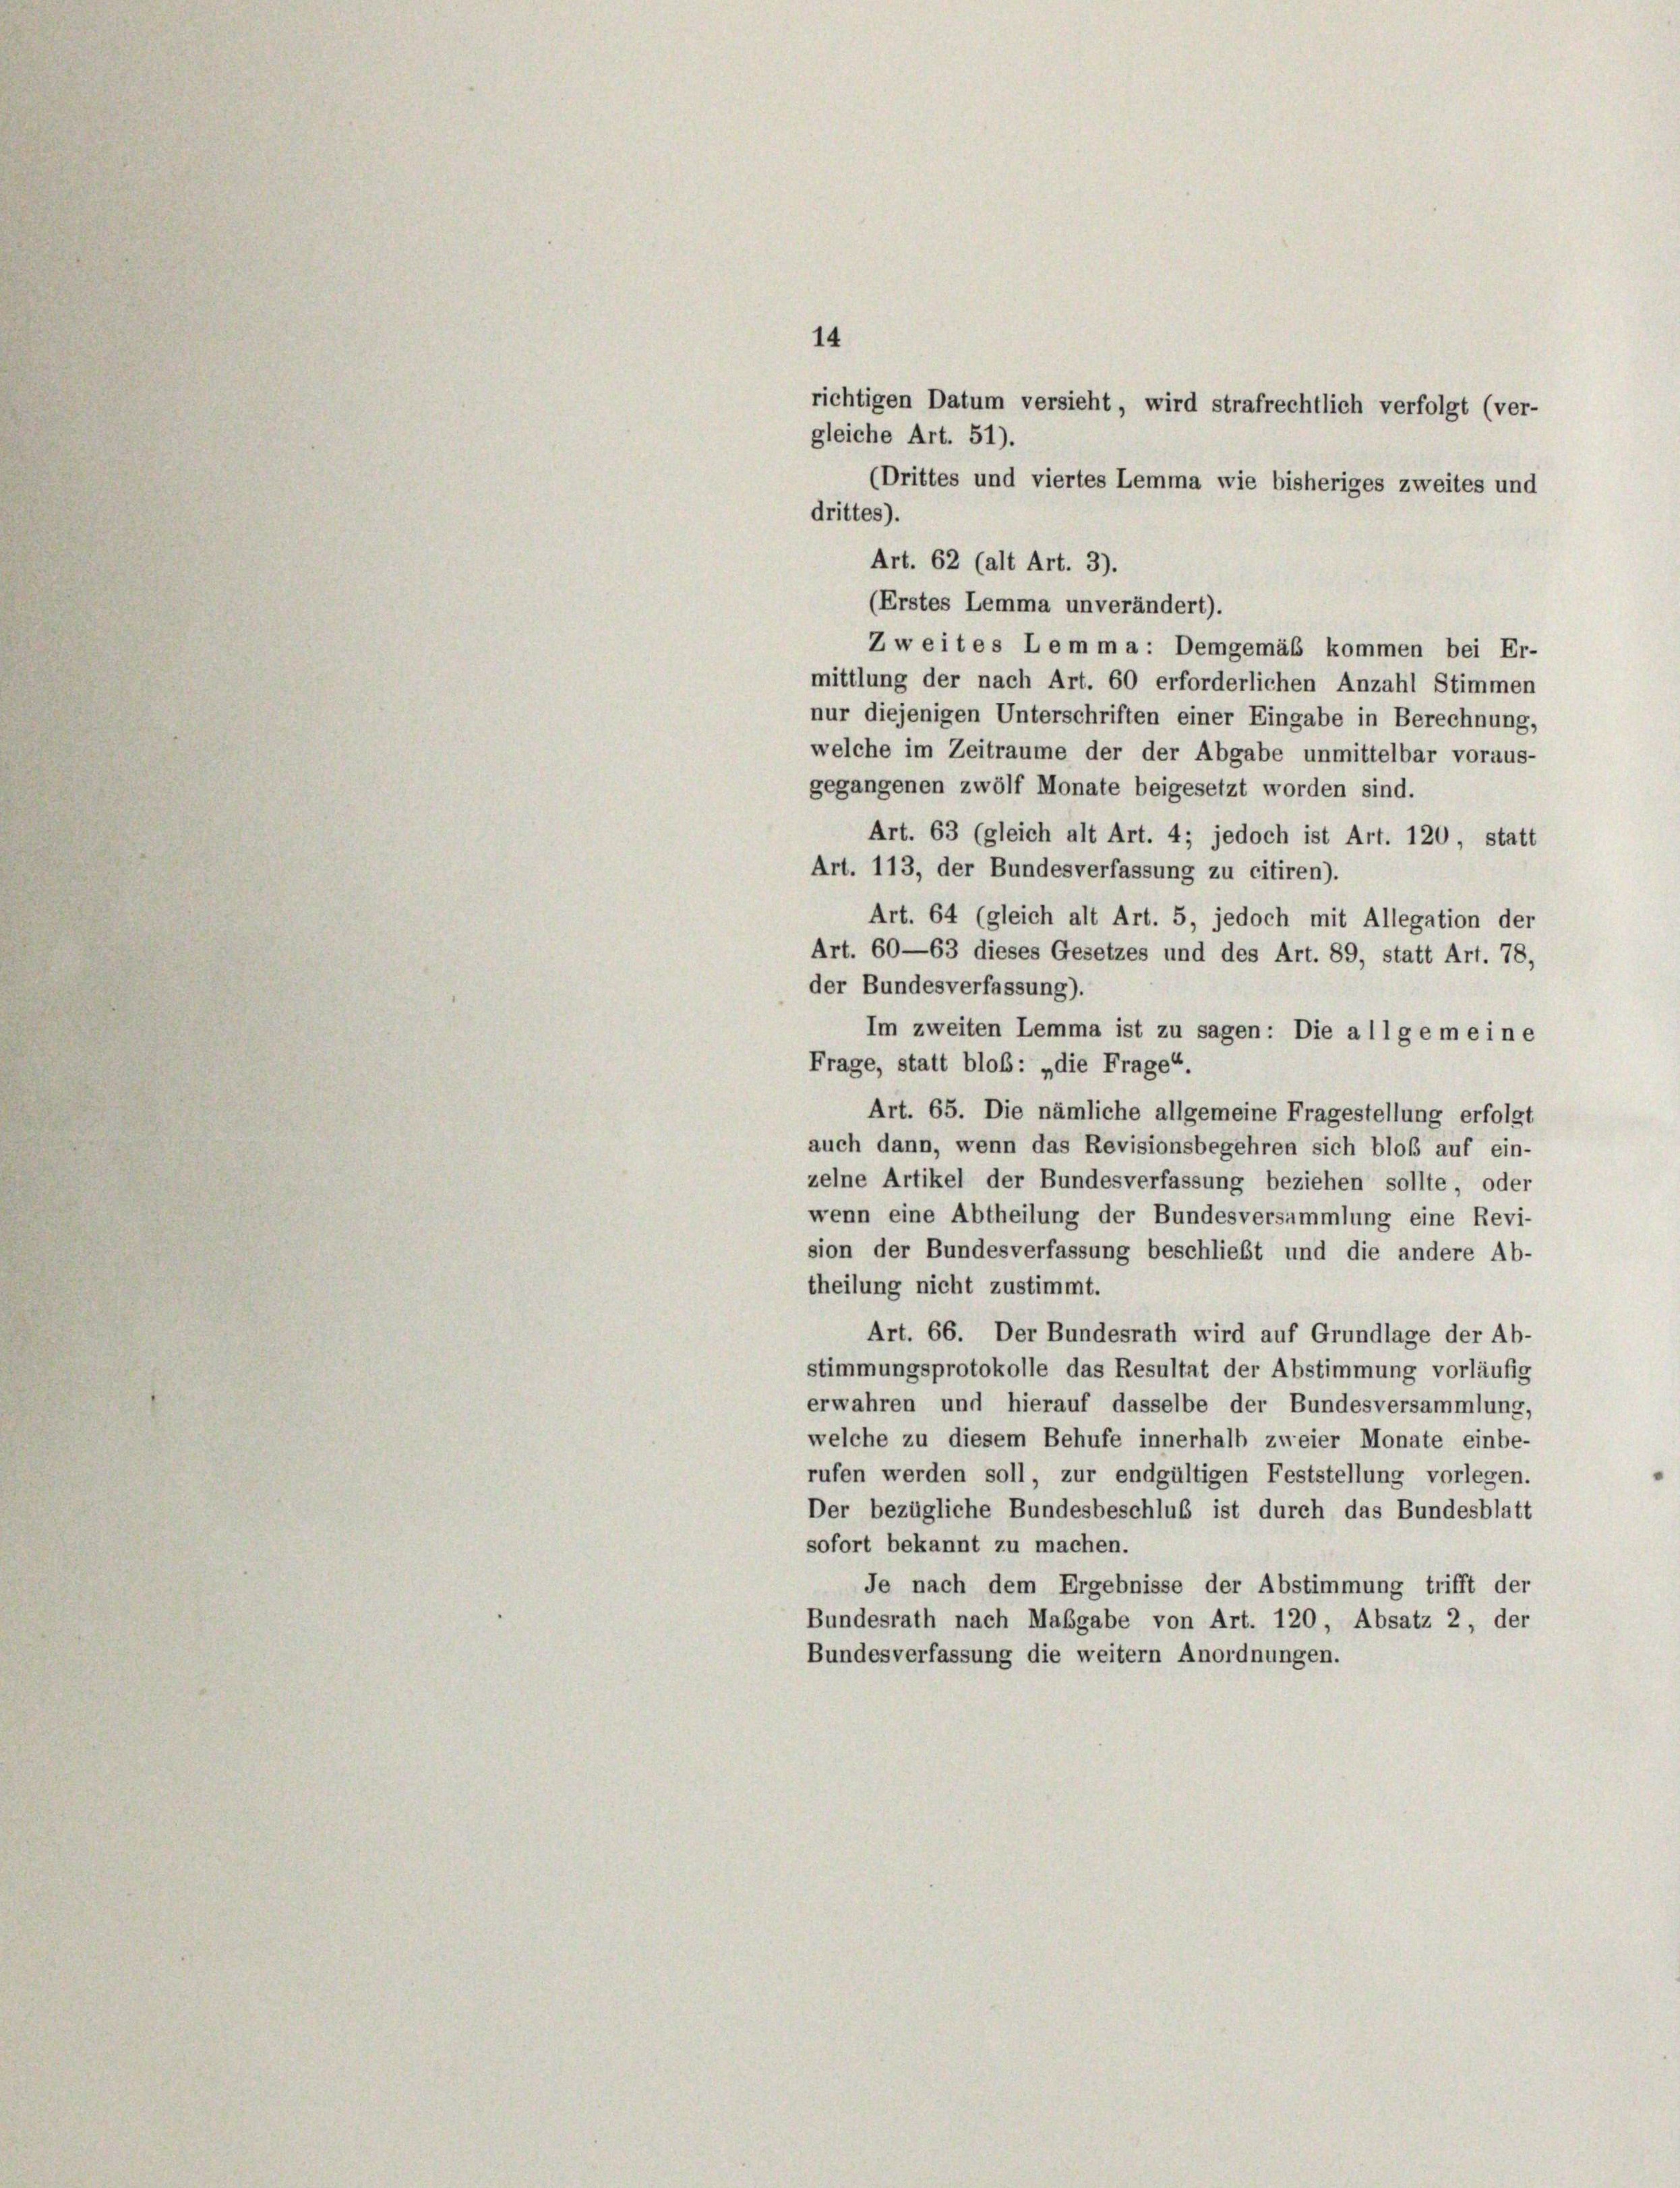
richtigen Datum versieht, wird strafrechtlich verfolgt (ver-
gleiche Art. 51).
(Drittes und viertes Lemma wie bisheriges zweites und
Zweites Lemma: Demgemäß kommen bei Er-
mittlung der nach Art. 60 erforderlichen Anzahl Stimmen
nur diejenigen Unterschriften einer Eingabe in Berechnung,
welche im Zeitraume der der Abgabe unmittelbar voraus-
gegangenen zwölf Monate beigesetzt worden sind.
Art. 63 (gleich alt Art. 4; jedoch ist Art. 120, statt
Art. 113, der Bundesverfassung zu citiren).
Art. 64 (gleich alt Art. 5, jedoch mit Allegation der
Art. 60—63 dieses Gesetzes und des Art. 89, statt Art. 78,
der Bundesverfassung).
Im zweiten Lemma ist zu sagen: Die allgemein e
Frage, statt bloß: „die Frage“.
Art. 65. Die nämliche allgemeine Fragestellung erfolgt
auch dann, wenn das Revisionsbegehren sich bloß auf ein-
zelne Artikel der Bundesverfassung beziehen sollte, oder
wenn eine Abtheilung der Bundesversammlung eine Revi-
sion der Bundesverfassung beschließt und die andere Ab-
theilung nicht zustimmt.
Art. 66. Der Bundesrath wird auf Grundlage der Ab-
stimmungsprotokolle das Resultat der Abstimmung vorläufig
erwahren und hierauf dasselbe der Bundesversammlung,
welche zu diesem Behufe innerhalb zweier Monate einbe-
rufen werden soll, zur endgültigen Feststellung vorlegen.
Der bezügliche Bundesbeschluß ist durch das Bundesblatt
sofort bekannt zu machen.
Je nach dem Ergebnisse der Abstimmung trifft der
Bundesrath nach Maßgabe von Art. 120, Absatz 2, der
Bundesverfassung die weitern Anordnungen.

14

drittes).
Art. 62 (alt Art. 3).
(Erstes Lemma unverändert).